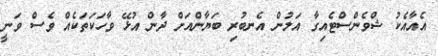
އެއާއެކު ޝްވެންސްޓެއިގާ އަލުން އެނބުރި ބަޔާންއަށް ދާން އުޅޭ ވާހަކަތަކެއް ވެސް ވަނީ